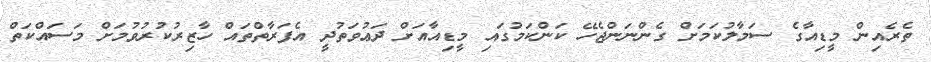
ތެރެއިން މީޑިއާގެ ސަމާލުކަމަށް ގެންނަންޖެހޭ ކަންކަމުގައި މީޑިއާއަށް ދަޢުވަތުދީ އެފަރާތްތައް ހާޒިރުކުރުވުމަށް މަސައްކަތް